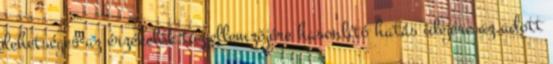
lehetséges az érzékelõk tûzjellemzõjére hasonlító hatás idejére az adott